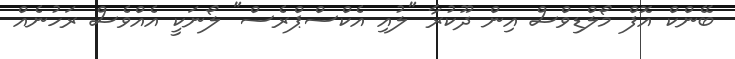
ބޭންކް އޮފް މޯލްޑިވްސް އިން ދޫކުރާ "ލުއި އެކްސްޕްރެސް" ލޯނަކީ އެއްވެސް ރަހުނެއް